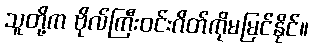
သူတို့က ဗိုလ်ကြီးဝင်းဂိတ်ကိုမမြင်နိုင်။